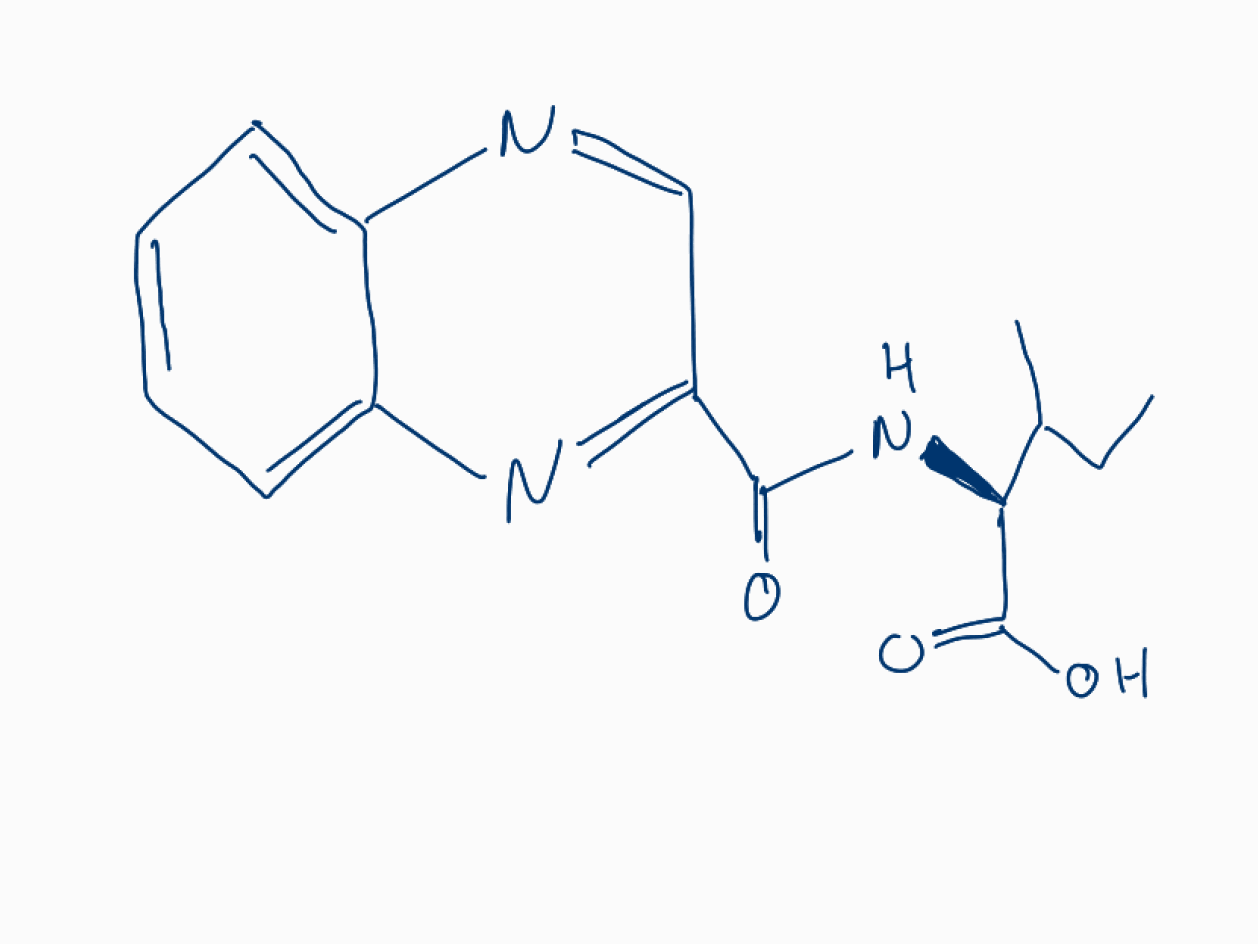
Simplified molecular-input line-entry system (SMILES) notation of the given molecule:
CCC(C)[C@@H](C(=O)O)NC(=O)C1=NC2=CC=CC=C2N=C1